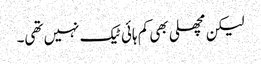
لیکن مچھلی بھی کم ہائی ٹیک نہیں تھی۔